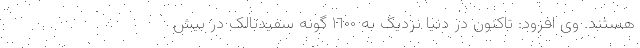
هستند. وی افزود: تاکنون در دنیا نزدیک به ۱٦۰۰ گونه سفیدبالک در بیش